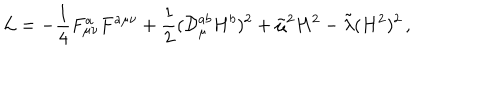
{ \cal L } = - \frac { 1 } { 4 } F _ { \mu \nu } ^ { a } F ^ { a \mu \nu } + \frac { 1 } { 2 } ( { \cal D } _ { \mu } ^ { a b } H ^ { b } ) ^ { 2 } + \tilde { \mu } ^ { 2 } H ^ { 2 } - \tilde { \lambda } ( H ^ { 2 } ) ^ { 2 } \, ,